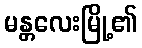
မန္တလေးမြို့၏